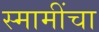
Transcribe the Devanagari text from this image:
स्मामींचा